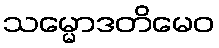
သမ္မောဒတိမေဝ